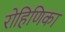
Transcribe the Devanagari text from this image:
रोहिणिका